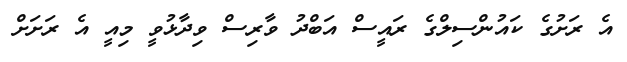
އެ ރަށުގެ ކައުންސިލްގެ ރައީސް އަބްދު ވާރިސް ވިދާޅުވީ މިއީ އެ ރަށަށް